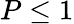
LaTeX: P\leq 1